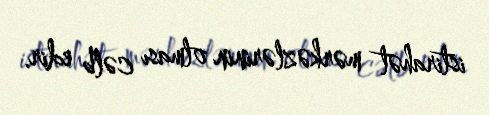
istirahət mərkəzlərinin olması cəlb edir.